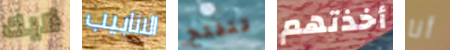
لايك الانابيب تتفتح أخذتهم أنا